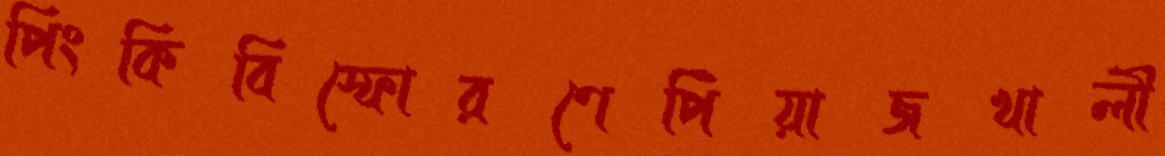
পিংকিবিস্ফোরণেপিঁয়াজখালী